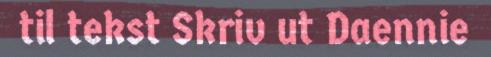
til tekst Skriv ut Daennie